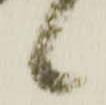
候